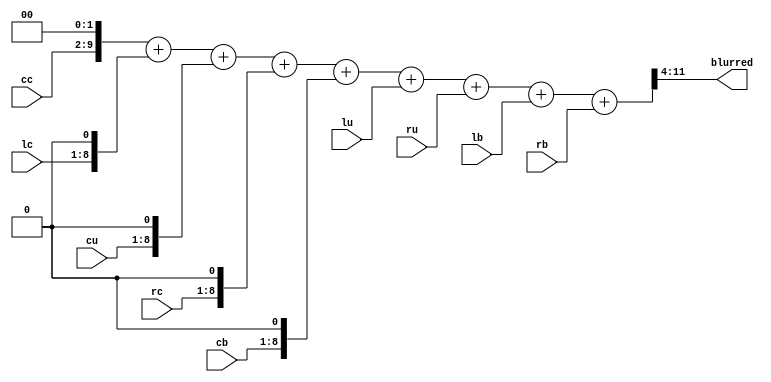
module GaussianBlur(
  input [7:0] lu, cu, ru,
              lc, cc, rc,
              lb, cb, rb,
  output [7:0] blurred
);
  reg [9:0] cc4; //temp store after shift
  reg [8:0] lc2, cu2, rc2, cb2;
  reg [11:0] sum;
  always @(*) begin
      cc4 = cc;
      lc2 = lc;
      cu2 = cu;
      rc2 = rc;
      cb2 = cb;

      cc4 = cc4 << 2; //multiplying 4
      lc2 = lc2 << 1; //multiplying 2
      cu2 = cu2 << 1;
      rc2 = rc2 << 1;
      cb2 = cb2 << 1;

      sum = cc4 + lc2 + cu2 + rc2 + cb2 + lu + ru + lb + rb;
  end
  assign blurred = sum[11:4]; //dividing by 16
endmodule